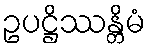
ဥပဋ္ဌိဿန္တိမံ